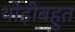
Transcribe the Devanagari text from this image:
थोड़ीबहुत